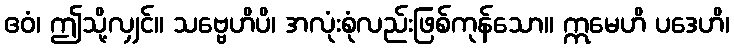
ဧဝံ၊ ဤသို့လျှင်။ သဗ္ဗေဟိပိ၊ အလုံးစုံလည်းဖြစ်ကုန်သော။ ဣမေဟိ ပဒေဟိ၊